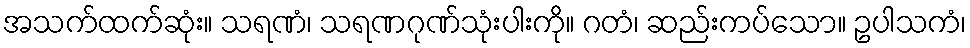
အသက်ထက်ဆုံး။ သရဏံ၊ သရဏဂုဏ်သုံးပါးကို။ ဂတံ၊ ဆည်းကပ်သော။ ဥပါသကံ၊